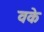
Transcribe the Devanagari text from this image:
वके